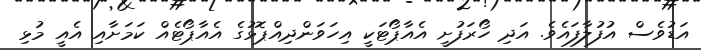
އަޑުވެސް އުފުލާފައެވެ. އަދި ހޯރަފުށީ އެއާޕޯޓަކީ އިހަވަންދިއްޕޮޅުގެ އެއާޕޯޓެއް ކަމަށާއި އެއީ މުޅިި